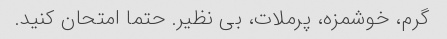
گرم، خوشمزه، پرملات، بی نظیر. حتما امتحان کنید.